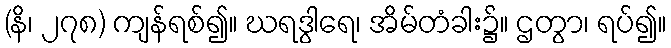
(နိ၊ ၂၇၈) ကျန်ရစ်၍။ ဃရဒွါရေ၊ အိမ်တံခါး၌။ ဌတွာ၊ ရပ်၍။